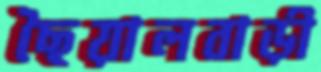
ছৈয়ালবাড়ী